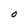
Character: O